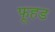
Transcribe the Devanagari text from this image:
फूहड